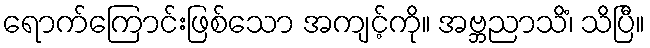
ရောက်ကြောင်းဖြစ်သော အကျင့်ကို။ အဗ္ဘညာသိံ၊ သိပြီ။